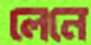
লেনে